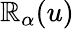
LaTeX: \mathbb{R}_{\alpha}(u)